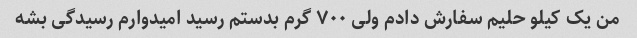
من یک کیلو حلیم سفارش دادم ولی ٧٠٠ گرم بدستم رسید امیدوارم رسیدگی بشه